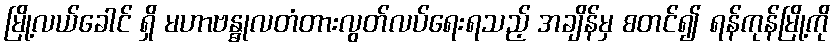
မြို့လယ်ခေါင် ရှိ မဟာဗန္ဓုလတံတားလွတ်လပ်ရေးရသည့် အချိန်မှ စတင်၍ ရန်ကုန်မြို့ကို